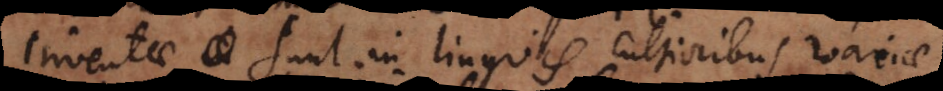
inventae sunt in linguis cultioribus variae